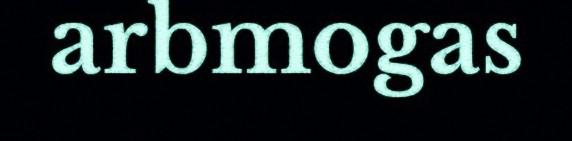
arbmogas